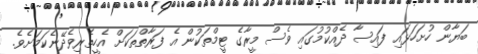
ބަޔާން ހުށަހަޅައި ފައިސާ ދެއްކުމުގައި ވެސް މީރާގެ ޓީމްތަކުން އެ ފަރާތްތަކަށް އެހީތެރިވެދޭނެކަމަށެވެ.